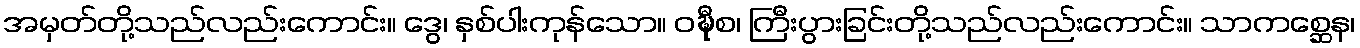
အမှတ်တို့သည်လည်းကောင်း။ ဒွေ၊ နှစ်ပါးကုန်သော။ ဝဍ္ဎီစ၊ ကြီးပွားခြင်းတို့သည်လည်းကောင်း။ သာကစ္ဆေန၊